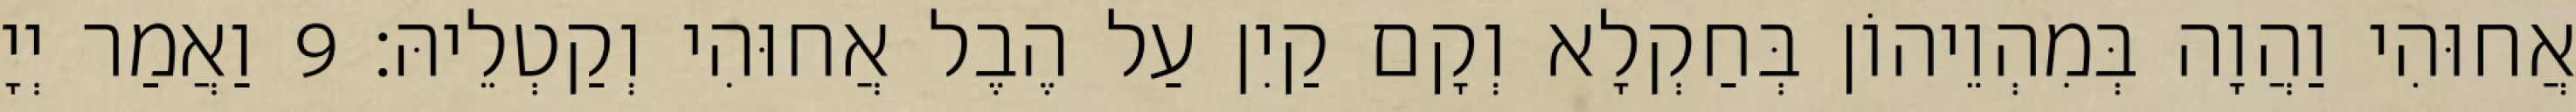
אֲחוּהִי וַהֲוָה בְּמִהְוֵיהוֹן בְּחַקְלָא וְקָם קַיִן עַל הֶבֶל אֲחוּהִי וְקַטְלֵיהּ׃ 9 וַאֲמַר יְיָ